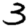
Digit: 3